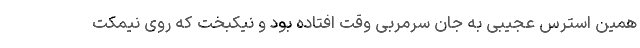
همین استرس عجیبی به جان سرمربی وقت افتاده بود و نیکبخت که روی نیمکت